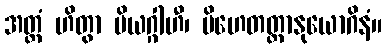
အတ္ထံ ဟိတွာ ပိယဂ္ဂါဟီ၊ ပိဟေတတ္တာနုယောဂိနံ။